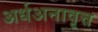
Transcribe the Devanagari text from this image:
अर्धअनावृत्त